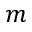
m